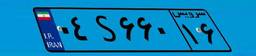
۰۹S۷۹۵۵۸